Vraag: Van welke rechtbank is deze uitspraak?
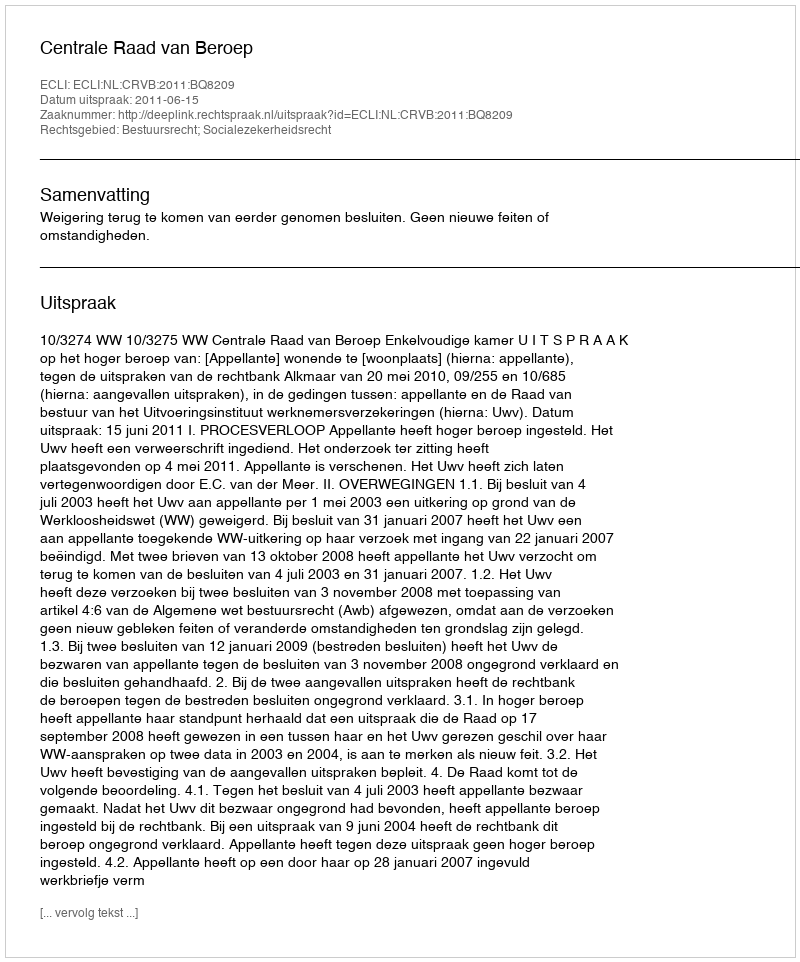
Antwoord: Centrale Raad van Beroep